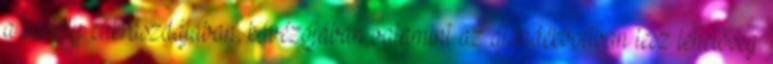
a kastély cukrászdájában, kávézójában valamint az ajándékboltban lesz lehetőség.